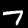
Digit: 7